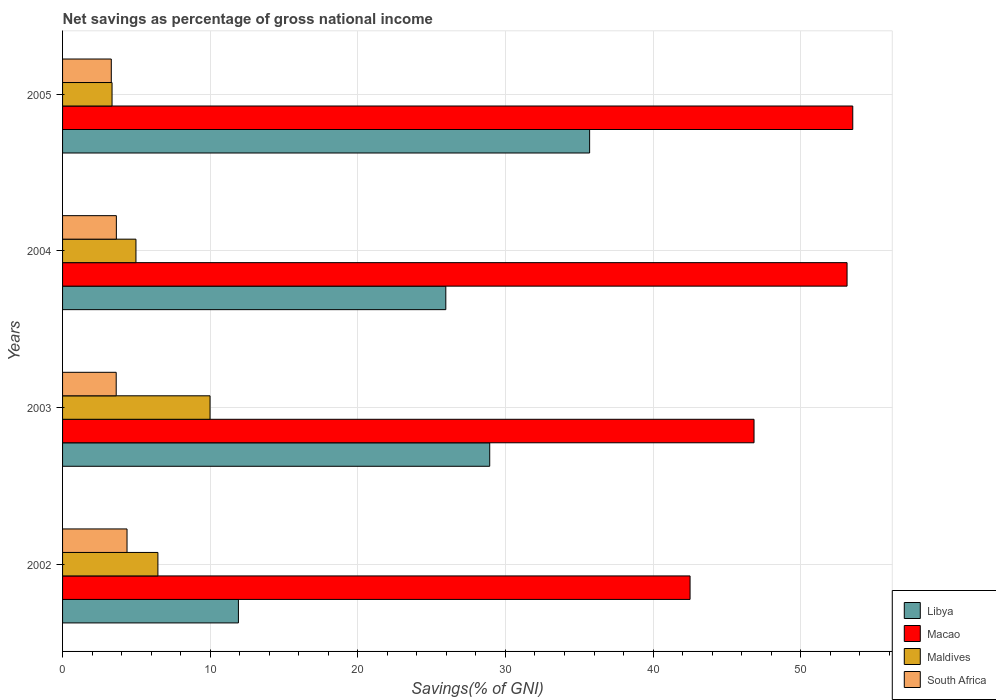
| Years | Libya | Macao | Maldives | South Africa |
 | --- | --- | --- | --- | --- |
 | 2002 | 11.9 | 42.5 | 6.46 | 4.37 |
 | 2003 | 28.9 | 46.8 | 9.99 | 3.63 |
 | 2004 | 26 | 53.1 | 4.97 | 3.64 |
 | 2005 | 35.7 | 53.5 | 3.35 | 3.3 |